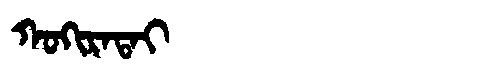
Manchu: ᡴᠣᡴᡳᡵᠠᡨᠠᡳ
Romanization: KOKIRATAI